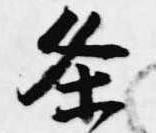
条